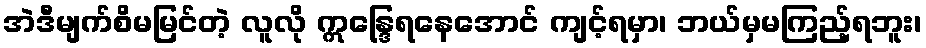
အဲဒီမျက်စိမမြင်တဲ့ လူလို ဣန္ဒြေရနေအောင် ကျင့်ရမှာ၊ ဘယ်မှမကြည့်ရဘူး၊